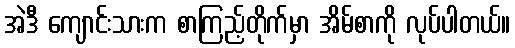
အဲဒီ ကျောင်းသားက စာကြည့်တိုက်မှာ အိမ်စာကို လုပ်ပါတယ်။